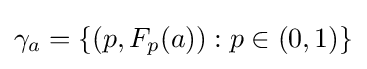
\gamma _{a}=\{(p,F_{p}(a)):p\in (0,1)\}